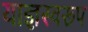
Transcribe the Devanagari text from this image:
याज्ञस्वरूप